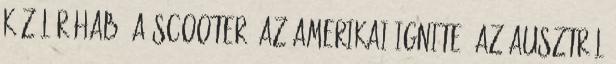
közül R3hab, a Scooter, az amerikai Ignite, az ausztrál